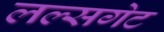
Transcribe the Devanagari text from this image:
लल्सगेट